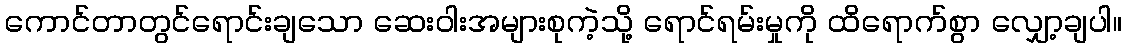
ကောင်တာတွင်ရောင်းချသော ဆေးဝါးအများစုကဲ့သို့ ရောင်ရမ်းမှုကို ထိရောက်စွာ လျှော့ချပါ။